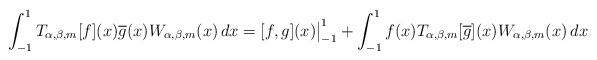
LaTeX: \begin{align*}\int_{-1}^1T_{\alpha,\beta,m}[f](x)\overline{g}(x)W_{\alpha,\beta, m}(x)\,dx=[f,g](x)\big|_{-1}^1+\int_{-1}^1f(x)T_{\alpha,\beta,m}[\overline{g}](x)W_{\alpha,\beta, m}(x)\,dx\end{align*}